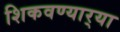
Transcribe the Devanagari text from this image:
शिकवण्यार्‍या